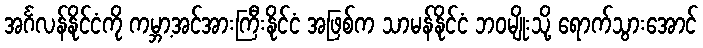
အင်္ဂလန်နိုင်ငံကို ကမ္ဘာ့အင်အားကြီးနိုင်ငံ အဖြစ်က သာမန်နိုင်ငံ ဘဝမျိုးသို့ ရောက်သွားအောင်